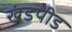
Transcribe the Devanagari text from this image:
खंडपीड